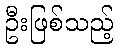
ဦးဖြစ်သည့်